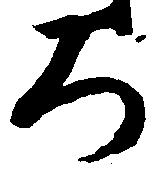
ろ